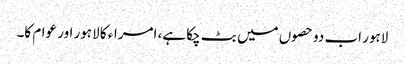
لاہور اب دو حصوں میں بٹ چکا ہے، امراء کا لاہور اور عوام کا۔